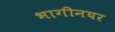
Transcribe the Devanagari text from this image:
भागीनघर